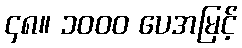
၄၈။ ၁၀၀၀ ပေအမြင့်